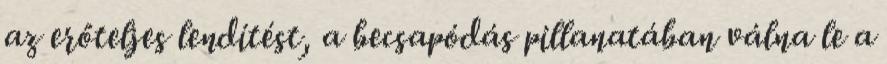
az erőteljes lendítést, a becsapódás pillanatában válna le a